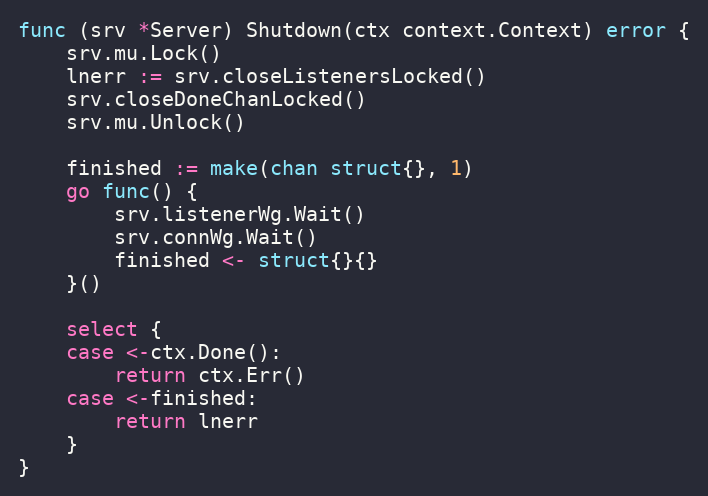
Language: Go
func (srv *Server) Shutdown(ctx context.Context) error {
	srv.mu.Lock()
	lnerr := srv.closeListenersLocked()
	srv.closeDoneChanLocked()
	srv.mu.Unlock()

	finished := make(chan struct{}, 1)
	go func() {
		srv.listenerWg.Wait()
		srv.connWg.Wait()
		finished <- struct{}{}
	}()

	select {
	case <-ctx.Done():
		return ctx.Err()
	case <-finished:
		return lnerr
	}
}